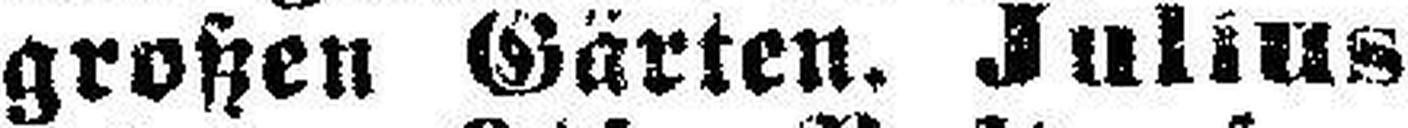
großen Gärten. Julius